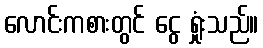
လောင်းကစားတွင် ငွေ ရှုံးသည်။